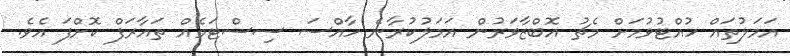
އަަމަލުތައް ހުއްޓުވުމަށް މެޗު އޮބްޒާވަރުން އަމަލުކުރާނެ ހާއްސަ ސިސްޓަމެއް ތައާރަފް ކޮށްފަ އެވެ.